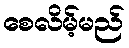
စေလိမ့်မည်